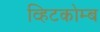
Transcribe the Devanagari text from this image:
व्हिटकोम्ब